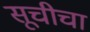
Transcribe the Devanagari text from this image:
सूचीचा